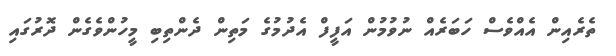
ތެރެއިން އެއްވެސް ހަބަރެއް ނުވުމުން އަފީފް އެދުމުގެ މަތިން ދެންތިބި މީހުންވެގެން ދޮރުގައި